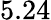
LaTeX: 5.24